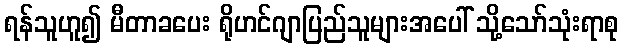
ရန်သူဟူ၍ မီတာခပေး ရိုဟင်ဂျာပြည်သူများအပေါ် သို့သော်သုံးရာစု